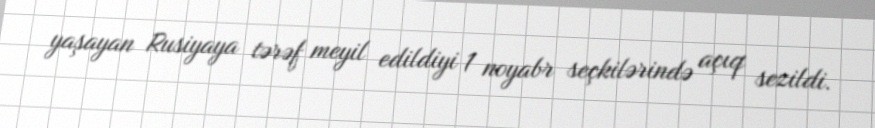
yaşayan Rusiyaya tərəf meyil edildiyi 1 noyabr seçkilərində açıq sezildi.